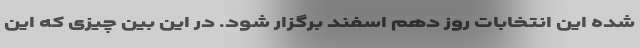
شده این انتخابات روز دهم اسفند برگزار شود. در این بین چیزی که این